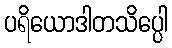
ပရိယောဒါတသိပ္ပေါ